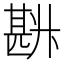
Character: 𰅽